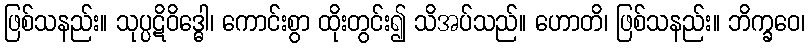
ဖြစ်သနည်း။ သုပ္ပဋိဝိဒ္ဓေါ၊ ကောင်းစွာ ထိုးတွင်း၍ သိအပ်သည်။ ဟောတိ၊ ဖြစ်သနည်း။ ဘိက္ခဝေ၊